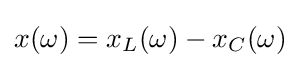
x(\omega )=x_{L}(\omega )-x_{C}(\omega )